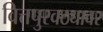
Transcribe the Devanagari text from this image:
वित्तपुरवठ्यावर